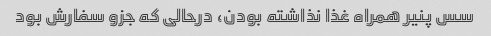
سس پنیر همراه غذا نذاشته بودن، درحالی که جزو سفارش بود